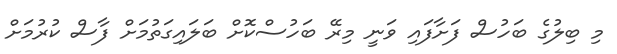
މި ބިލުގެ ބަހުސް ފަށާފައި ވަނީ މިރޭ ބަހުސްކޮށް ބަލައިގަތުމަށް ފާސް ކުރުމަށް